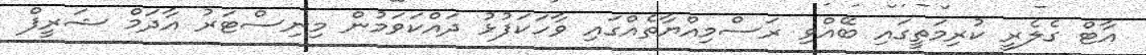
އާޓް ގެލެރީ ކުރިމަތީގައި ބޭއްވި ރަސްމިއްޔާތެއްގައި ވާހަކަފުޅު ދައްކަވަމުން މިނިސްޓަރު އާދަމް ޝަރީފް